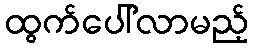
ထွက်ပေါ်လာမည့်